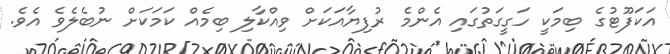
އަކަފޫޓުގެ ބިމަކީ ހަގީގަތުގައި އެންމެ ރުފިޔާއަކަށް ވިއްކާލި ބިމެއް ކަމަކަށް ނުބެލެވެ އެވެ.